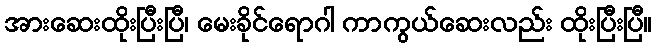
အားဆေးထိုးပြီးပြီ၊ မေးခိုင်ရောဂါ ကာကွယ်ဆေးလည်း ထိုးပြီးပြီ။